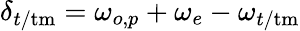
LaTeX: \delta_{t/\mathrm{tm}}=\omega_{o,p}+\omega_{e}-\omega_{t/\mathrm{tm}}